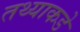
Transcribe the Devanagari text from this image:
तथ्याकडे